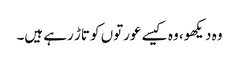
وہ دیکھو، وہ کیسے عورتوں کو تاڑ رہے ہیں۔